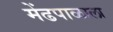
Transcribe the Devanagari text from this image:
मेंढपाळाला